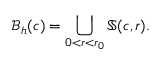
\mathcal { B } _ { h } ( c ) = \bigcup _ { 0 < r < r _ { 0 } } \mathbb { S } ( c , r ) .